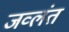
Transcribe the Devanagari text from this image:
जव्लंत